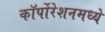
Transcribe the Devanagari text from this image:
कॉर्पोरेशनमध्ये